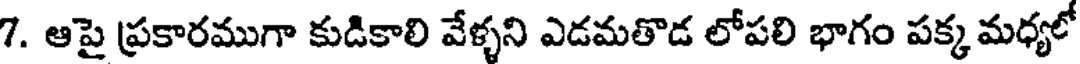
7. ఆపై ప్రకారముగా కుడికాలి వేళ్ళని ఎడమతొడ లోపలి భాగం పక్క మధ్యలో